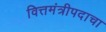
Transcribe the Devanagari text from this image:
वित्तमंत्रीपदाचा